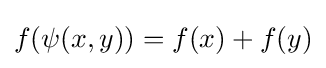
f(\psi (x,y))=f(x)+f(y)